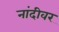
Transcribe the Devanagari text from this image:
नांदीवर